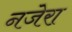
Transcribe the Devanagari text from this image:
नजेरा